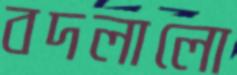
বদলালো